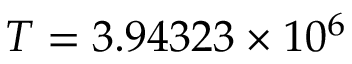
T = 3 . 9 4 3 2 3 \times 1 0 ^ { 6 }